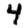
Digit: 4